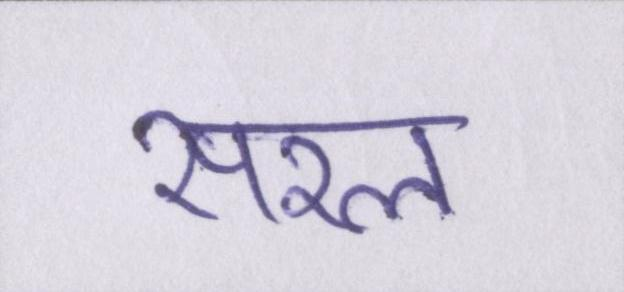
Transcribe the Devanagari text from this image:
सरल